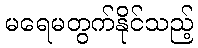
မရေမတွက်နိုင်သည့်